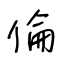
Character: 倫